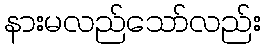
နားမလည်သော်လည်း